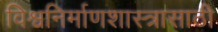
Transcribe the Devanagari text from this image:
विश्वनिर्माणशास्त्रासाठी